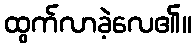
ထွက်လာခဲ့လေ၏။